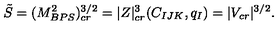
\tilde { S } = ( M _ { B P S } ^ { 2 } ) _ { c r } ^ { 3 / 2 } = | Z | _ { c r } ^ { 3 } ( C _ { I J K } , q _ { I } ) = | V _ { c r } | ^ { 3 / 2 } .